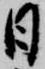
日